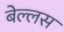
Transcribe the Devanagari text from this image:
बेल्लस